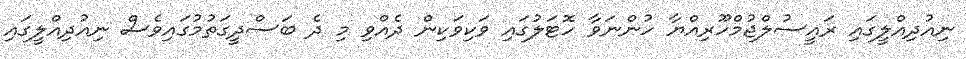
ނިއުދިއްލީގައި ރައީސުލްޖުމްހޫރިއްޔާ ހުންނަވާ ހޮޓަލުގައި ވަކިވަކިން ދެއްވި މި ދެ ބަސްދީގަތުމުގައިވެސް ނިއުދިއްލީގައި